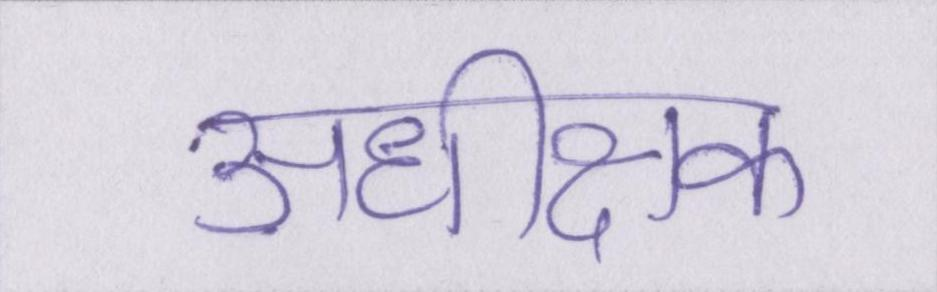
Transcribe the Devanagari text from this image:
अधीक्षक